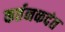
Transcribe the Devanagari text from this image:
कर्तनकदंत